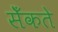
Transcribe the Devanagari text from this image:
सेँकते